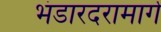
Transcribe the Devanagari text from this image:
भंडारदरामार्गे